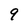
Character: 9